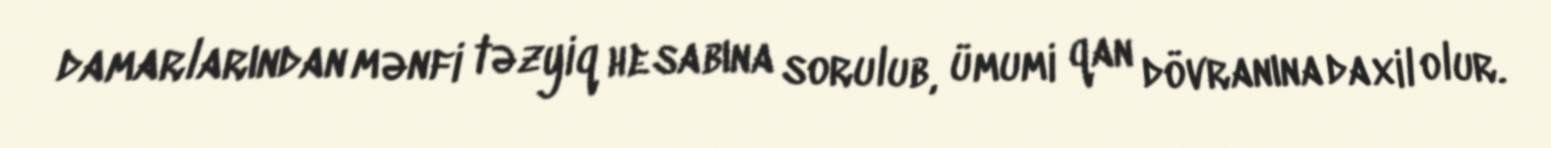
damarlarından mənfi təzyiq hesabına sorulub, ümumi qan dövranına daxil olur.